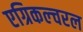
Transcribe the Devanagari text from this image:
एग्रिकल्चरल